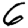
Digit: 6